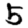
Digit: 5